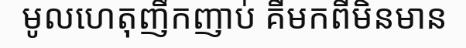
មូលហេតុញឹកញាប់ គឺមកពីមិនមាន